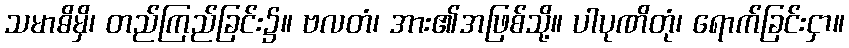
သမာဓိမှိ၊ တည်ကြည်ခြင်း၌။ ဗလတံ၊ အား၏အဖြစ်သို့။ ပါပုဏိတုံ၊ ရောက်ခြင်းငှာ။